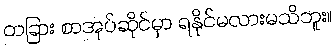
တခြား စာအုပ်ဆိုင်မှာ ရနိုင်မလားမသိဘူး။